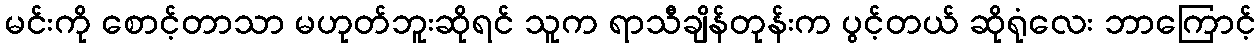
မင်းကို စောင့်တာသာ မဟုတ်ဘူးဆိုရင် သူက ရာသီချိန်တုန်းက ပွင့်တယ် ဆိုရုံလေး ဘာကြောင့်